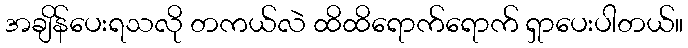
အချိန်ပေးရသလို တကယ်လဲ ထိထိရောက်ရောက် ရှာပေးပါတယ်။